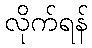
လိုက်ရန်